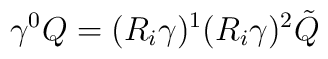
\gamma^0 Q =  (R_i\gamma)^1 (R_i\gamma)^2 \tilde{Q}